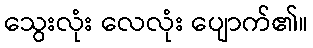
သွေးလုံး လေလုံး ပျောက်၏။